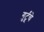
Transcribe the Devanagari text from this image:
गुर्टूंचे